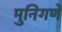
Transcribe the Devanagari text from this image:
मुनिगणे